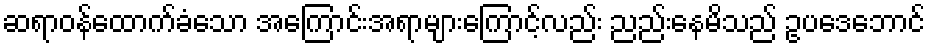
ဆရာဝန်ထောက်ခံသော အကြောင်းအရာများကြောင့်လည်း ညည်းနေမိသည် ဥပဒေဘောင်